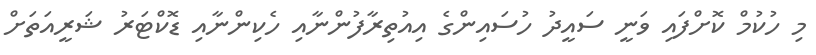
މި ހުކުމް ކޮށްފައި ވަނީ ސައީދު ހުސައިންގެ އިއުތިރާފުންނާއި ހެކިންނާއި ޑޮކްޓަރު ޝަރީއަތަށް